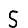
Digit: 5